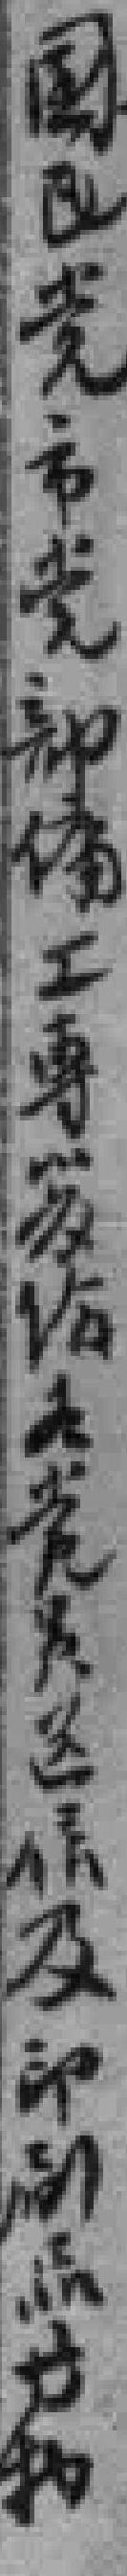
國民党市党部傭工專發给各党员送信及印刷品等物